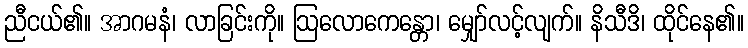
ညီငယ်၏။ အာဂမနံ၊ လာခြင်းကို။ ဩလောကေန္တော၊ မျှော်လင့်လျက်။ နိသီဒိ၊ ထိုင်နေ၏။